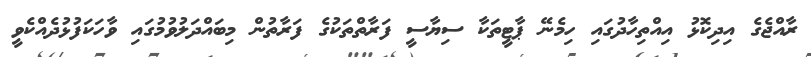
ރާއްޖެގެ އިދިކޮޅު އިއްތިހާދުގައި ހިމެނޭ ޕާޓީތަކާ ސިޔާސީ ފަރާތްތަކުގެ ފަރާތުން މިބައްދަލުވުމުގައި ވާހަކަފުޅުދެއްކެވީ